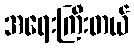
အရေးကြီးတယ်